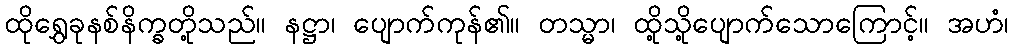
ထိုရွှေခုနစ်နိက္ခတို့သည်။ နဋ္ဌာ၊ ပျောက်ကုန်၏။ တသ္မာ၊ ထို့သို့ပျောက်သောကြောင့်။ အဟံ၊